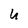
Character: U